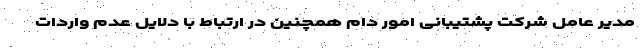
مدیر عامل شرکت پشتیبانی امور دام همچنین در ارتباط با دلایل عدم واردات